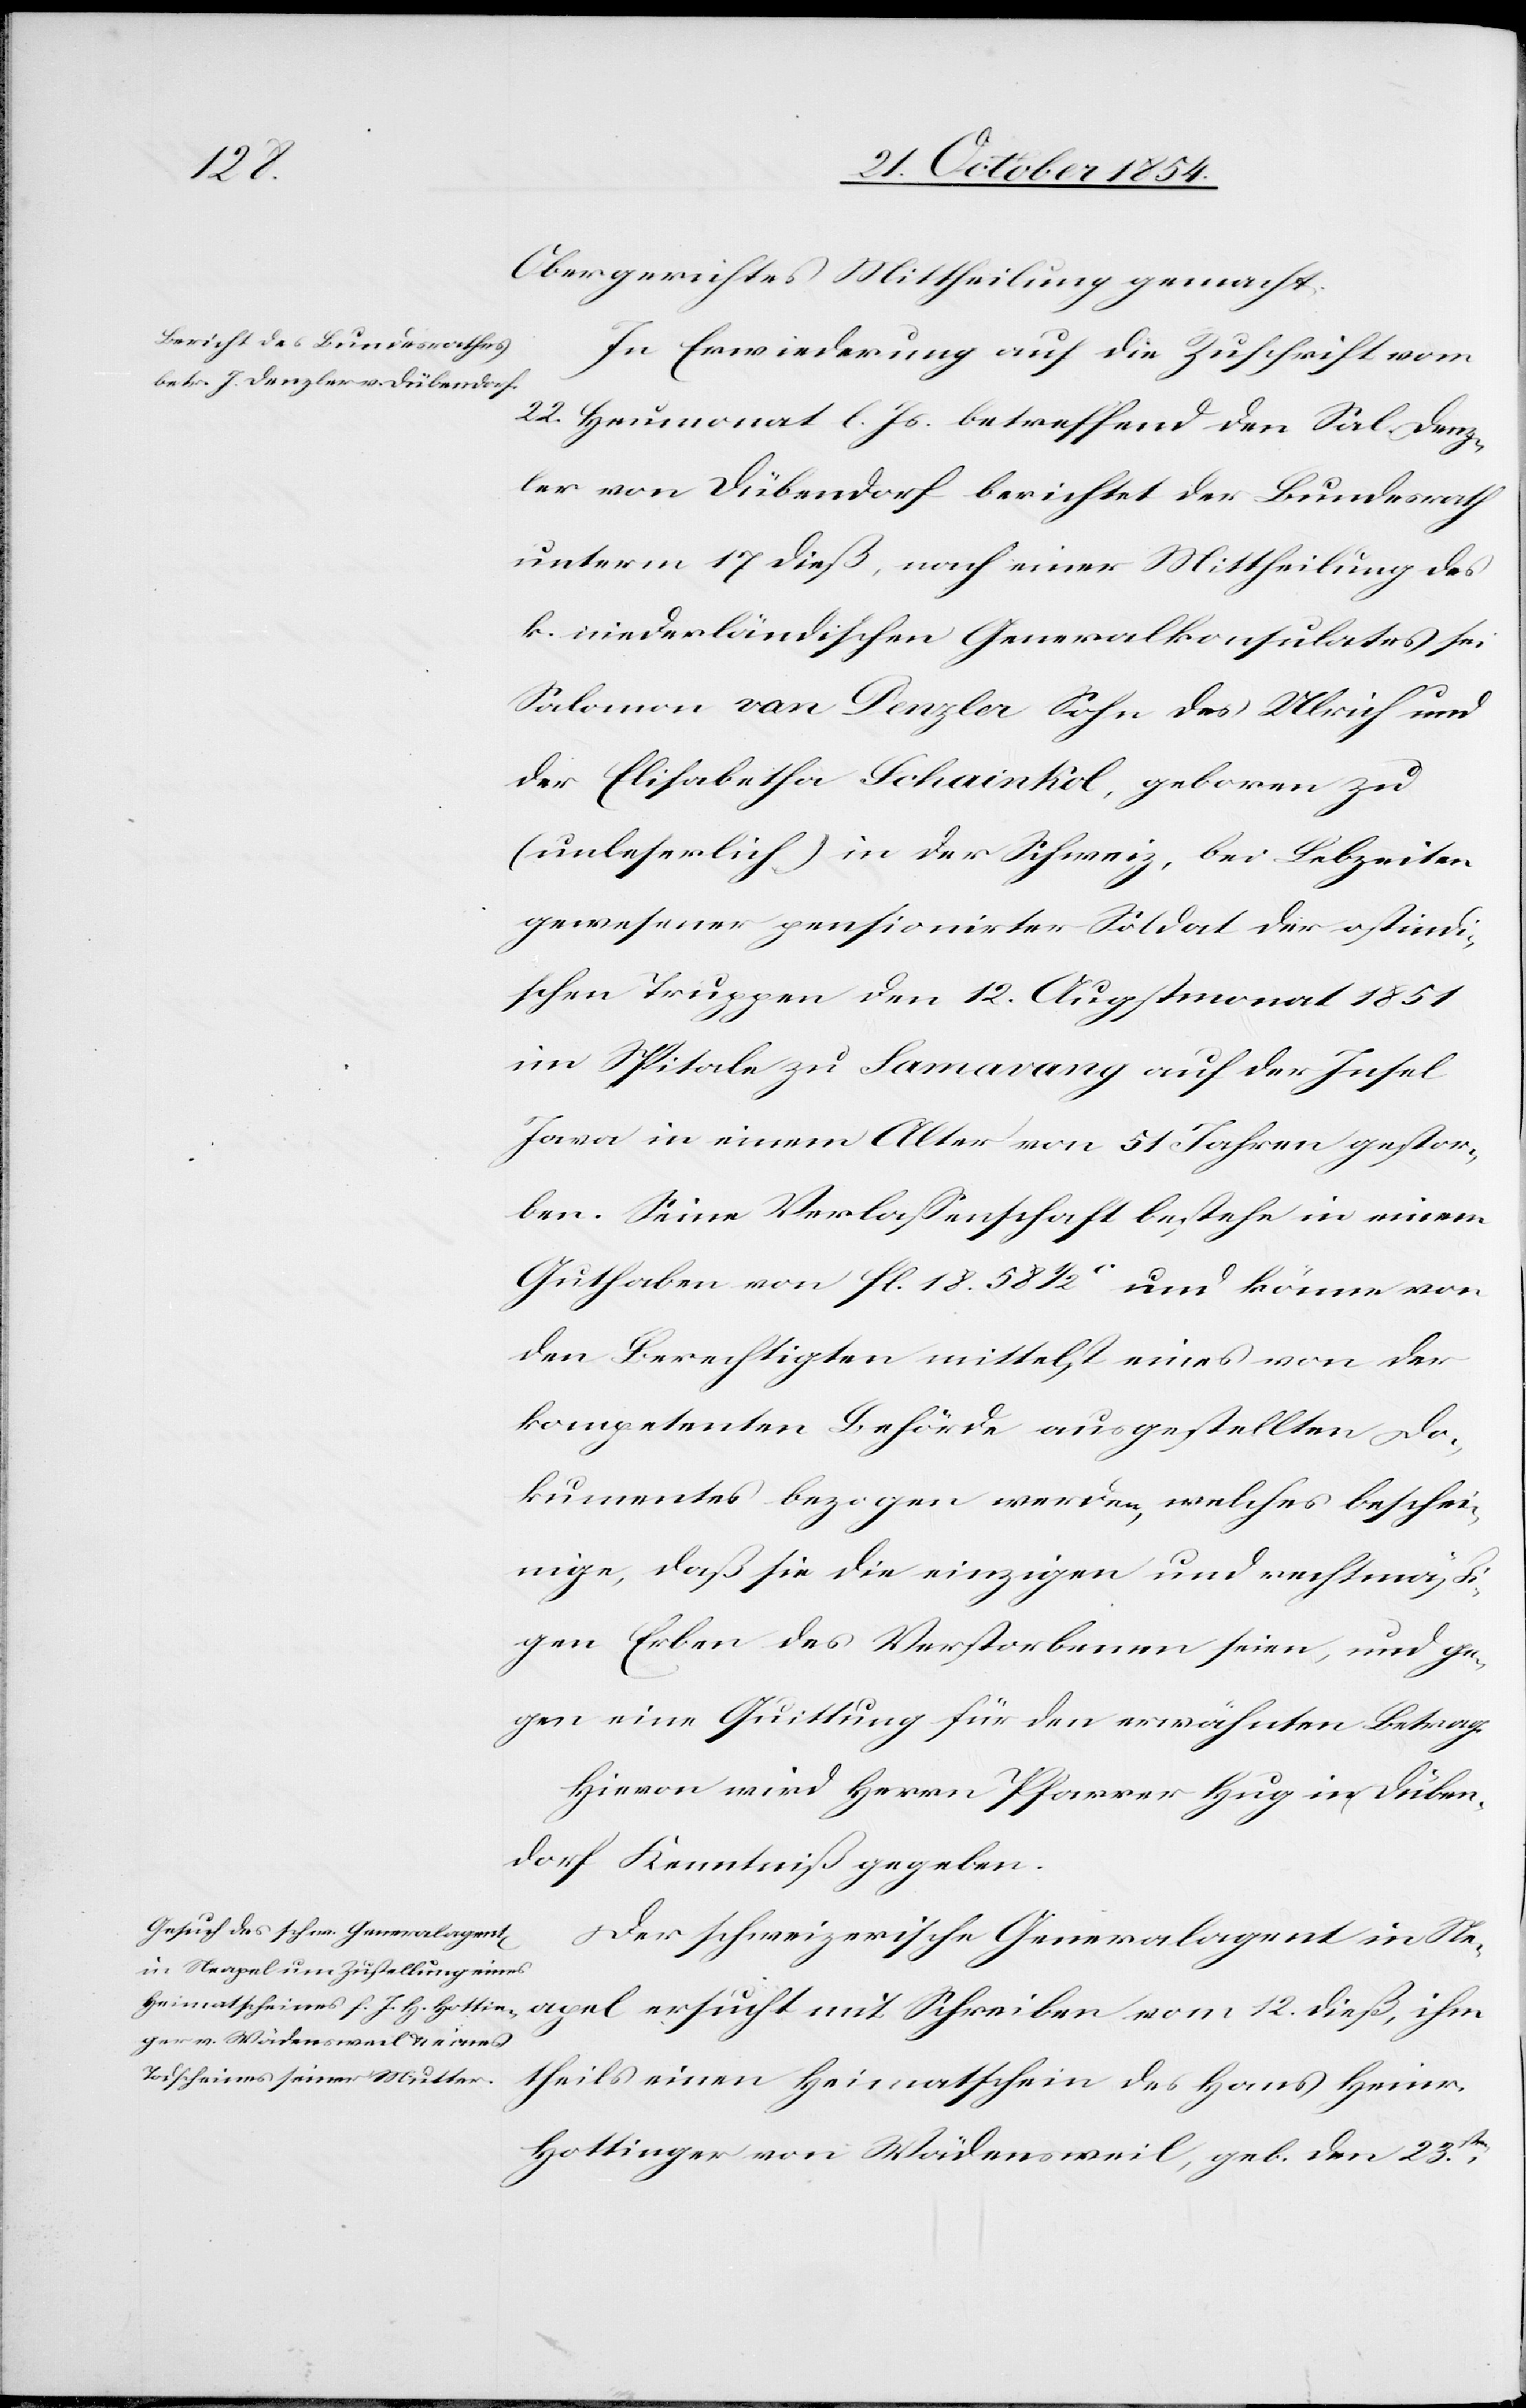
Denz¬
Obergerichtes Mittheilung gemacht.
In Erwiederung auf die Zuschrift vom
22. Heumonat l. Js. betreffend den Sal.
ler von Dübendorf berichtet der Bundesrath
unterm 17. dieß, nach einer Mittheilung des
k. niederländischen Generalkonsulates sei
Salomon van Denzler Sohn des Ulrich und
der Elisabetha Schainkol, geboren zu
(unleserlich) in der Schweiz, bei Lebezeiten
gewesener pensionirter Soldat der ostindi¬
schen Truppen den 12. Augstmonat 1851
im Spitale zu Samavang auf der Insel
Java in einem Alter von 51 Jahren gestor¬
ben. Seine Verlaßenschaft bestehe in einem
Guthaben von fl. 18. 58 1/2c und könne von
den Berechtigten mittelst eines von der
kompetenten Behörde ausgestellten Do¬
kumentes bezogen werden, welches beschei¬
nige, daß sie die einzigen und rechtmäßi¬
gen Erben des Verstorbenen seien, und ge¬
gen eine Quittung für den erwähnten Betrag.
Hievon wird Herr Pfarrer Hug in Düben¬
dorf Kennntiß gegeben.
Der schweizerische Generalagent in Ne¬
apel ersucht mit Schreiben vom 12. dieß, ihm
theils einen Heimatschein des Hans Heinr.
Hottinger von Wädensweil, geb. den 23sten